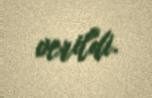
verildi.